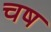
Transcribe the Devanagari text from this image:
चष